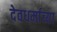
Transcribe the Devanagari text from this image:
देवधर्माच्या